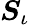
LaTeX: \boldsymbol{S}_{\iota}